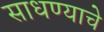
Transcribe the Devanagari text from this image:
साधण्‍याचे